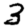
Digit: 3